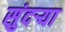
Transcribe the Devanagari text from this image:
सुंदर्‍या